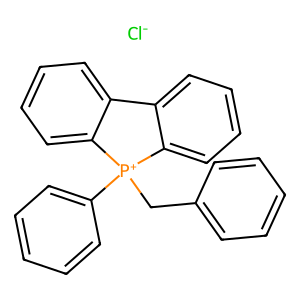
SMILES: [Cl-].c1ccc(C[P+]2(c3ccccc3)c3ccccc3-c3ccccc32)cc1
Inhibits HIV replication: No